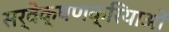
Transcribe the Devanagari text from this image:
सर्वेक्षणक्रियाओं